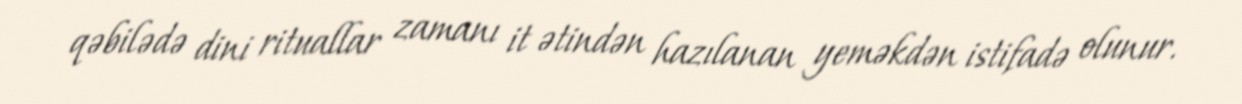
qəbilədə dini rituallar zamanı it ətindən hazılanan yeməkdən istifadə olunur.